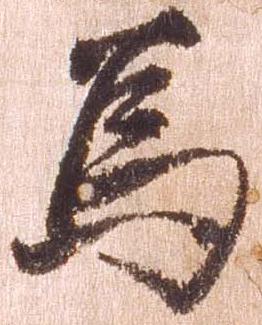
為